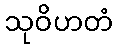
သုဝိဟတံ